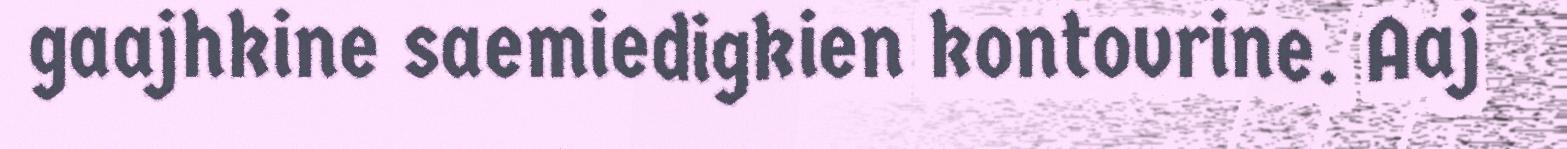
gaajhkine saemiedigkien kontovrine. Aaj